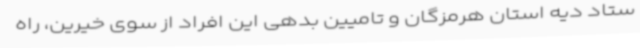
ستاد دیه استان هرمزگان و تامیین بدهی این افراد از سوی خیرین، راه‌